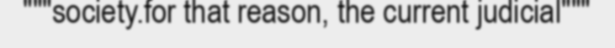
"""society.for that reason, the current judicial"""